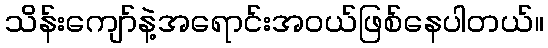
သိန်းကျော်နဲ့အရောင်းအဝယ်ဖြစ်နေပါတယ်။